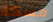
مسكة